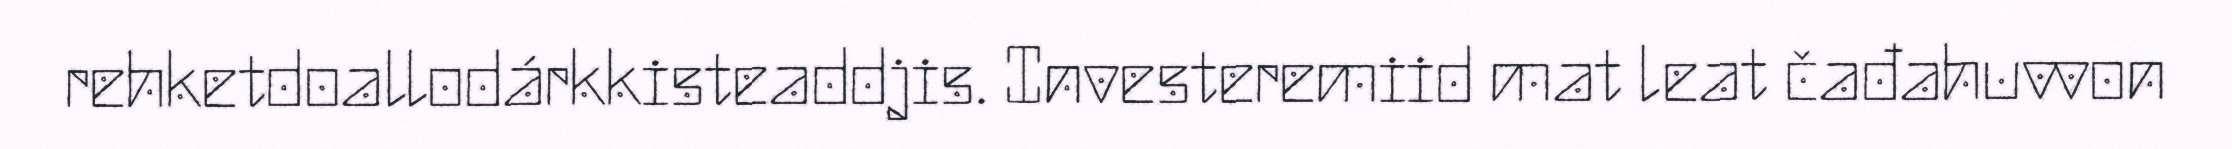
rehketdoallodárkkisteaddjis. Investeremiid mat leat čađahuvvon